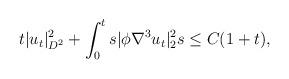
LaTeX: \begin{align*}&t|u_t|^2_{D^2}+\int_{0}^t s|\phi \nabla^3 u_t|^2_2 s \leq C(1+t),\end{align*}